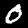
Digit: 0